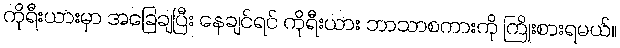
ကိုရီးယားမှာ အခြေချပြီး နေချင်ရင် ကိုရီးယား ဘာသာစကားကို ကြိုးစားရမယ်။